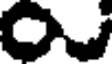
O